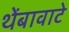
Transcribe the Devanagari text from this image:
थेंबावाटे